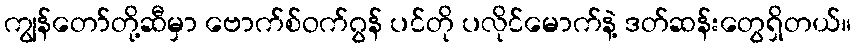
ကျွန်တော်တို့ဆီမှာ ဗောက်စ်ဝက်ဂွန် ပင်တို ပလိုင်မောက်နဲ့ ဒတ်ဆန်းတွေရှိတယ်။